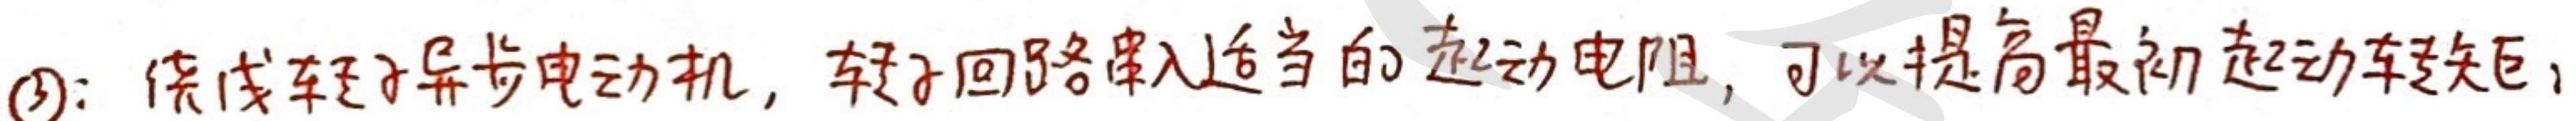
(3)：绕线转子异步电动机，转子回路串入适当的起动电阻，可以提高最初起动转矩。